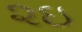
૨ઇ